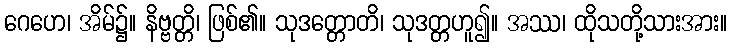
ဂေဟေ၊ အိမ်၌။ နိဗ္ဗတ္တိ၊ ဖြစ်၏။ သုဒတ္တောတိ၊ သုဒတ္တဟူ၍။ အဿ၊ ထိုသတို့သားအား။